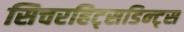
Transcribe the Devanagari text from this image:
सिचरहिट्सडिन्ट्स